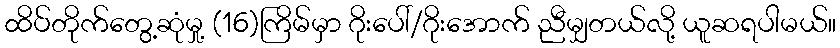
ထိပ်တိုက်တွေ့ဆုံမှု့ (16)ကြိမ်မှာ ဂိုးပေါ်/ဂိုးအောက် ညီမျှတယ်လို့ ယူဆရပါမယ်။